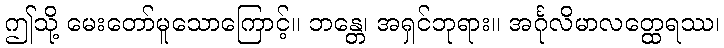
ဤသို့ မေးတော်မူသောကြောင့်။ ဘန္တေ၊ အရှင်ဘုရား။ အင်္ဂုလိမာလတ္ထေရဿ၊